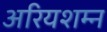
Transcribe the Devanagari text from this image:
अरियशम्न